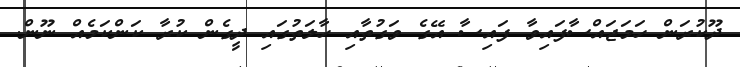
ދޫކުރަން ހަމަޖައްސާފައިވާ ފައިސާ އޭގެ ވަގުތާއި ހާލަތުގައި ދީގެން ކުރާ ކަންކަމެއް ނޫން.